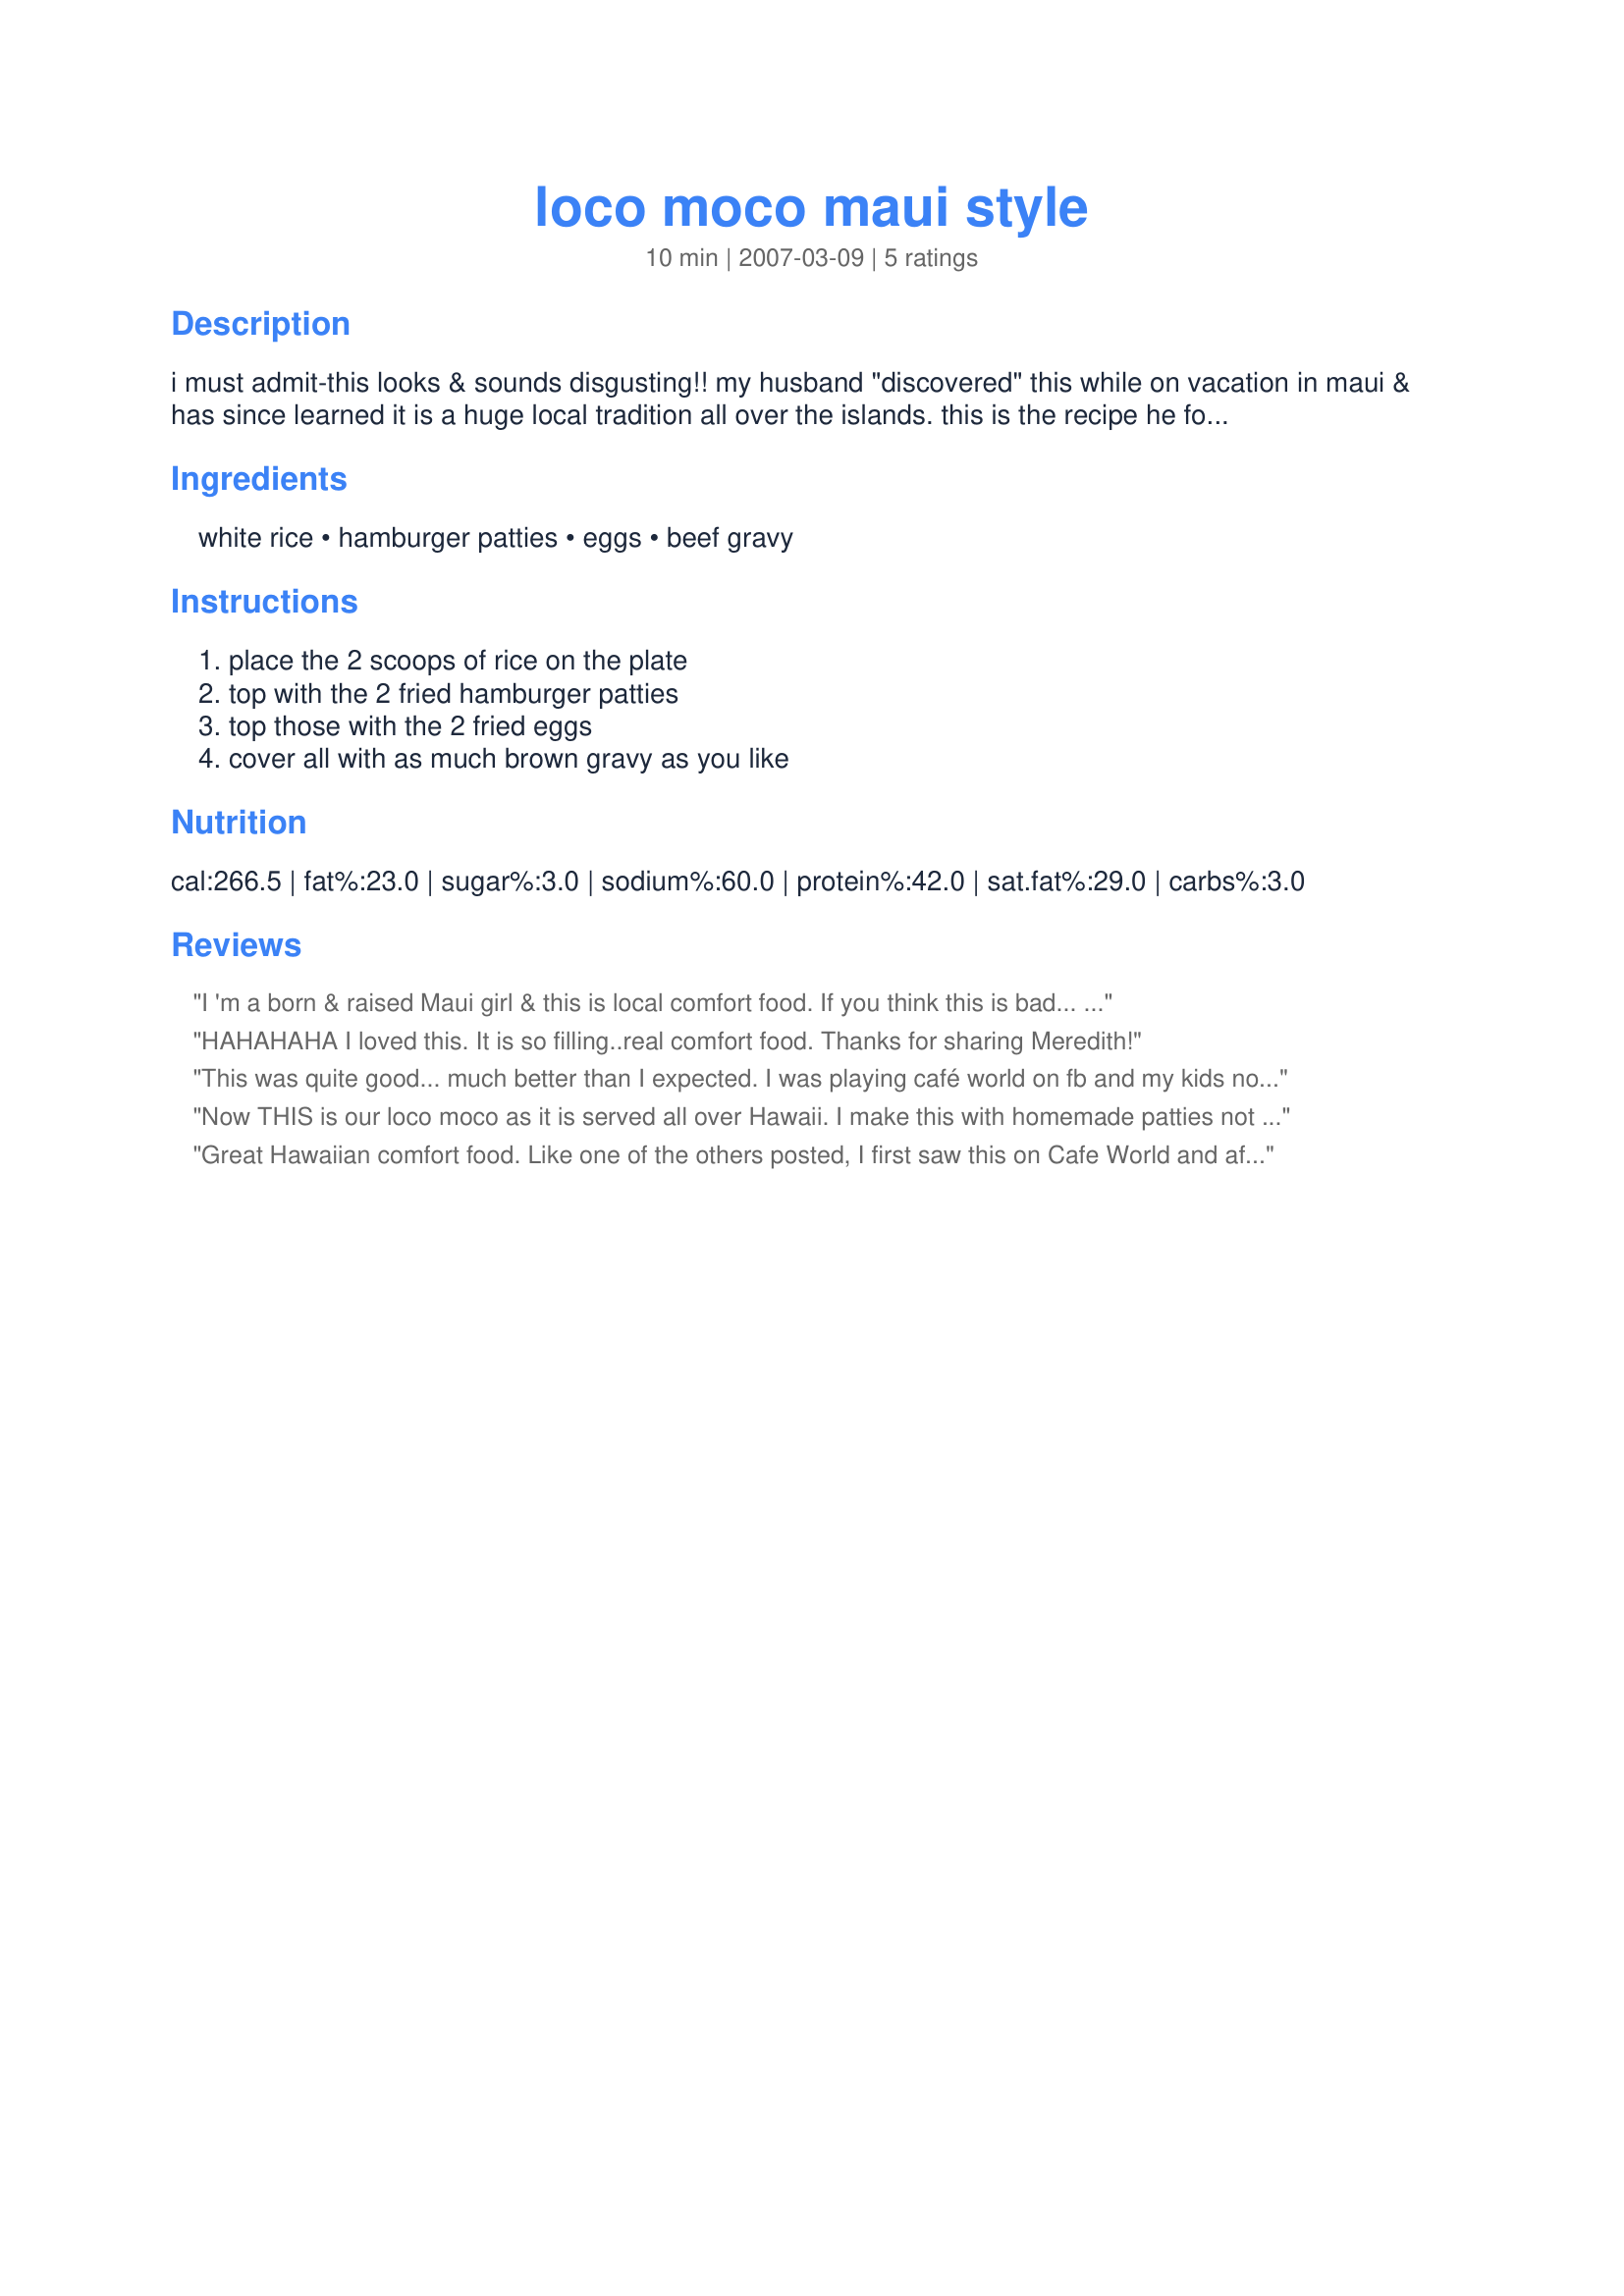
loco moco maui style
Preparation time: 10 minutes

i must admit-this looks & sounds disgusting!! my husband "discovered" this while on vacation in maui & has since learned it is a huge local tradition all over the islands. this is the recipe he found in a local cookbook before we left. i haven't tried it myself-but he love, love, loves it & swears i would too if i did. the cookbook described it as a delicious heart-attack on a plate...yikes!

Ingredients:
white rice, hamburger patties, eggs, beef gravy

Steps:
place the 2 scoops of rice on the plate, top with the 2 fried hamburger patties, top those with the 2 fried eggs, cover all with as much brown gravy as you like

Reviews:
I 'm a born & raised Maui girl & this is local comfort food. If you think this is bad... my hungry hawaiian DH loves this best over fried rice! Most restaurants back home will offer it that way! There are many variations now but this is the original. Homemade patties & gravy make a huge difference.
HAHAHAHA I loved this. It is so filling..real comfort food. Thanks for sharing Meredith!
This was quite good... much better than I expected. I was playing café world on fb and my kids noticed a meal called Loco Moco and asked me to make it... So here I sit typing a review...<br/>I used homemade hamburger patties, white rice, farm fresh eggs and gravy. It was very filling and very good. Something I will make again, thank you for posting : )
Now THIS is our loco moco as it is served all over Hawaii. I make this with homemade patties not the frozen kind...makes a big difference in flavor. Thank you for sharing and bringing back memories.
Great Hawaiian comfort food. Like one of the others posted, I first saw this on Cafe World and after a year decided to try it. I'm glad I did. It does not sound right but it tastes fantastic! My picky 8 year old daughter LOVED it! It is filling and satisfying.
